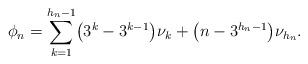
LaTeX: \begin{align*}\phi_n = \sum_{k=1}^{h_n-1}\bigl(3^k - 3^{k-1}\bigr) \nu_k +\bigl(n-3^{h_n-1}\bigr) \nu_{h_n}.\end{align*}